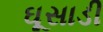
ઘૂસાડી